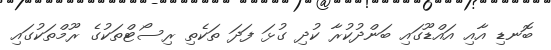
ބޮނޑި އާއި އައްޑޫގައި ބަންދުކުރާ ކުދި ގުޅަ ފަދަ ތަކެތި ރިސޯޓްތަކުގެ ރޫމްތަކުގައި